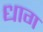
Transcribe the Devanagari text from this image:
धाग